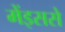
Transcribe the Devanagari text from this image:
मेंइससे